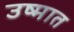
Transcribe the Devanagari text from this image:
उष्मात